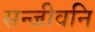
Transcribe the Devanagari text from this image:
सन्जीवनि